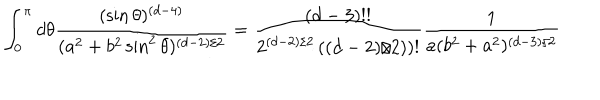
\int _ { 0 } ^ { \pi } d \theta { \frac { ( \sin \theta ) ^ { ( d - 4 ) } } { ( a ^ { 2 } + b ^ { 2 } \sin ^ { 2 } \theta ) ^ { ( d - 2 ) / 2 } } } = { \frac { ( d - 3 ) ! ! } { 2 ^ { ( d - 2 ) / 2 } \left( ( d - 2 ) / 2 ) \right) ! } } { \frac { 1 } { a ( b ^ { 2 } + a ^ { 2 } ) ^ { ( d - 3 ) / 2 } } }